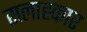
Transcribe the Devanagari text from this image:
सलाह्कार